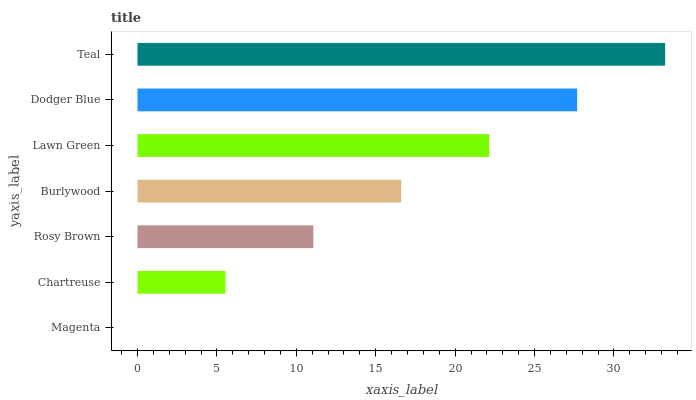
| yaxis_label | bars |
 | --- | --- |
 | Magenta | 0 |
 | Chartreuse | 5.54 |
 | Rosy Brown | 11.1 |
 | Burlywood | 16.6 |
 | Lawn Green | 22.1 |
 | Dodger Blue | 27.7 |
 | Teal | 33.2 |